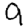
Digit: 9